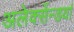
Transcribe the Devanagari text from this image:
अलेक्सेंन्डर्या